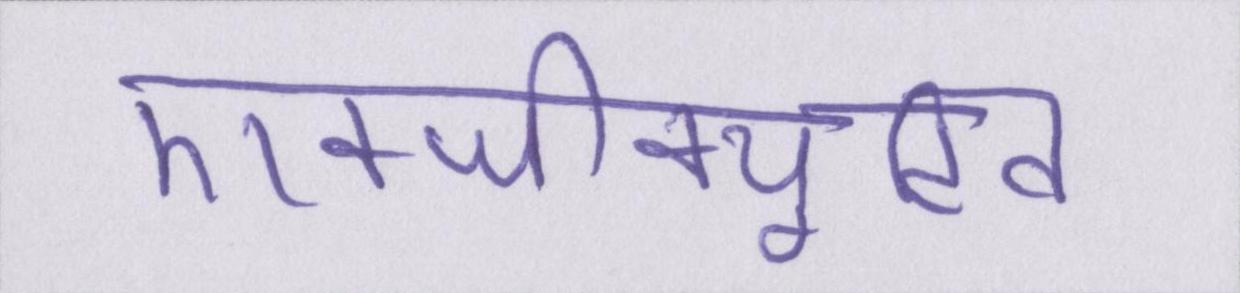
एक्जीक्यूटिव